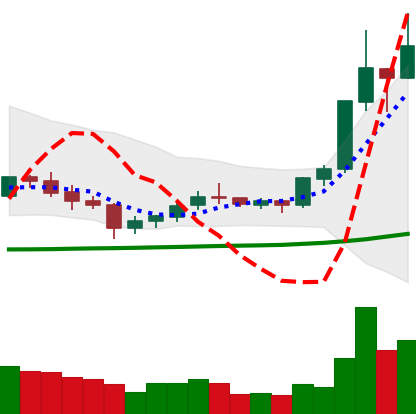
Ticker: XLM-USD
Chart end date: 2020-07-11
Forward return: 6.719%
Label: up_5_7